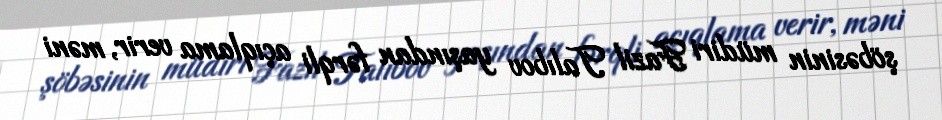
şöbəsinin müdiri Fazil Talıbov yaşından fərqli açıqlama verir, məni